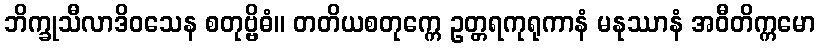
ဘိက္ခုသီလာဒိဝသေန စတုဗ္ဗိဓံ။ တတိယစတုက္ကေ ဥတ္တရကုရုကာနံ မနုဿာနံ အဝီတိက္ကမော